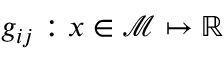
g _ { i j } : x \in \mathcal { M } \mapsto \mathbb { R }